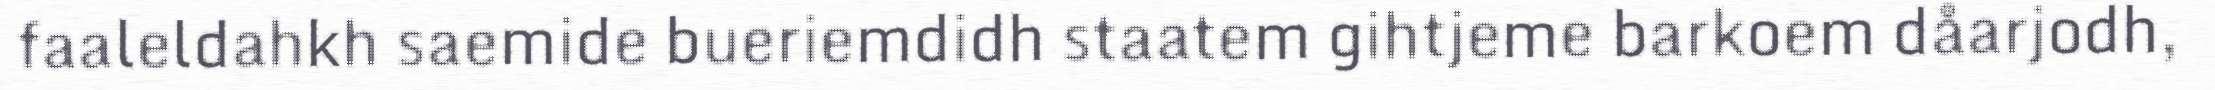
faaleldahkh saemide bueriemdidh staatem gihtjeme barkoem dåarjodh,